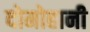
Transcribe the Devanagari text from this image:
दोमोहानी